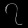
Digit: ၇